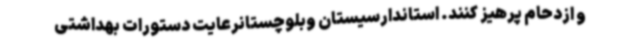
و ازدحام پرهیز کنند. استاندارسیستان وبلوچستانرعایت دستورات بهداشتی